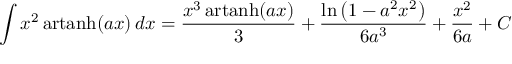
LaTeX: \int x ^ { 2 } \operatorname { a r t a n h } ( a x ) \, d x = { \frac { x ^ { 3 } \operatorname { a r t a n h } ( a x ) } { 3 } } + { \frac { \ln \left( 1 - a ^ { 2 } x ^ { 2 } \right) } { 6 a ^ { 3 } } } + { \frac { x ^ { 2 } } { 6 a } } + C